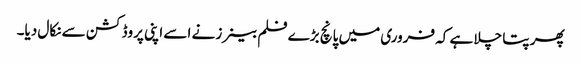
پھر پتا چلا ہے کہ فروری میں پانچ بڑے فلم بینرز نے اسے اپنی پروڈکشن سے نکال دیا۔